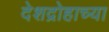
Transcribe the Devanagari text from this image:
देशद्रोहाच्या